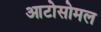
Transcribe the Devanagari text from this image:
आटोसोमल